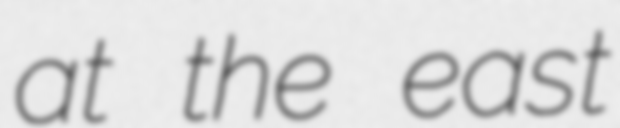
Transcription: at the east